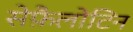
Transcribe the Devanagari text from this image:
सेफ़ैलोटिन